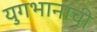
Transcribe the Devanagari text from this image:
युगभानाची